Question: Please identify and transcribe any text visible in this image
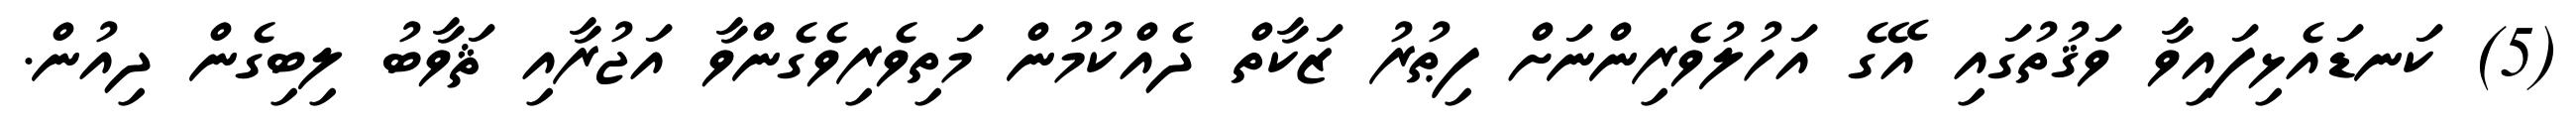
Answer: (5) ކަނޑައެޅިފައިވާ ވަޤުތުގައި އޭގެ އަހުލުވެރިންނަށް ފިޠުރު ޒަކާތް ދެއްކުމުން މަތިވެރިވެގެންވާ އަޖުރާއި ޘަވާބު ލިބިގެން ދިއުން.